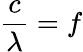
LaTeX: {\frac{c}{\lambda}}=f